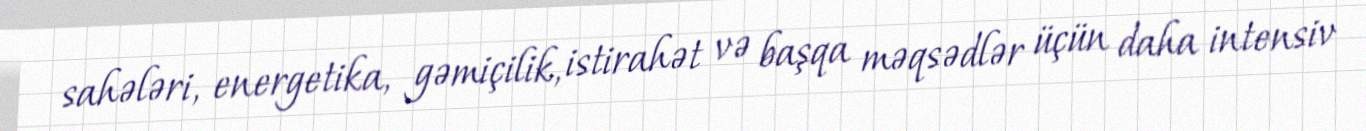
sahələri, energetika, gəmiçilik, istirahət və başqa məqsədlər üçün daha intensiv